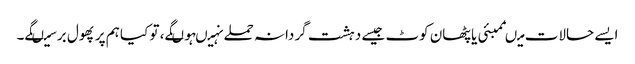
ایسے حالات میںممبئی یا پٹھان کوٹ جیسے دہشت گردانہ حملے نہیںہوںگے، تو کیا ہم پر پھول برسیںگے۔